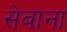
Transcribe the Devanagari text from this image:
सेवाना